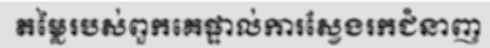
តម្លៃរបស់ពួកគេផ្ទាល់ការស្វែងរកជំនាញ